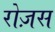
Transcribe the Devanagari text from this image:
रोज़स